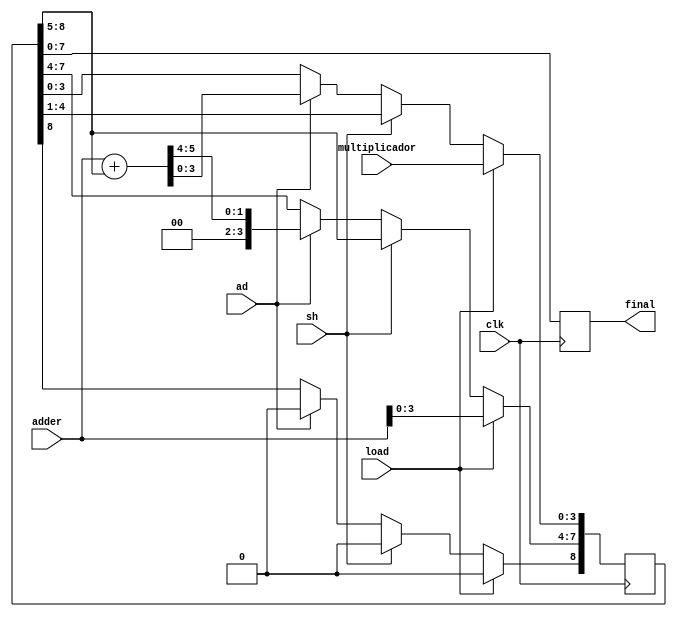
module acc(
	input [3:0] multiplicador,
	input [4:0] adder,
	input load, sh, ad, clk,
	output reg [7:0] final
);

	reg [8:0] accumulator;

always @ (posedge clk) begin
	if (load ==1) begin
		accumulator <= multiplicador;
		accumulator[7:4] <= adder;
	end
	
	else if (sh == 1) begin
		accumulator <= accumulator >> 1;
	end
	
	else if (ad == 1) begin
		accumulator <= adder + accumulator[8:5];
	end
	
	final <= accumulator[7:0];
	
end	
endmodule